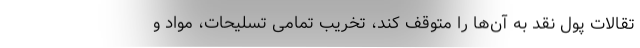
تقالات پول نقد به آن‌ها را متوقف کند، تخریب تمامی تسلیحات، مواد و